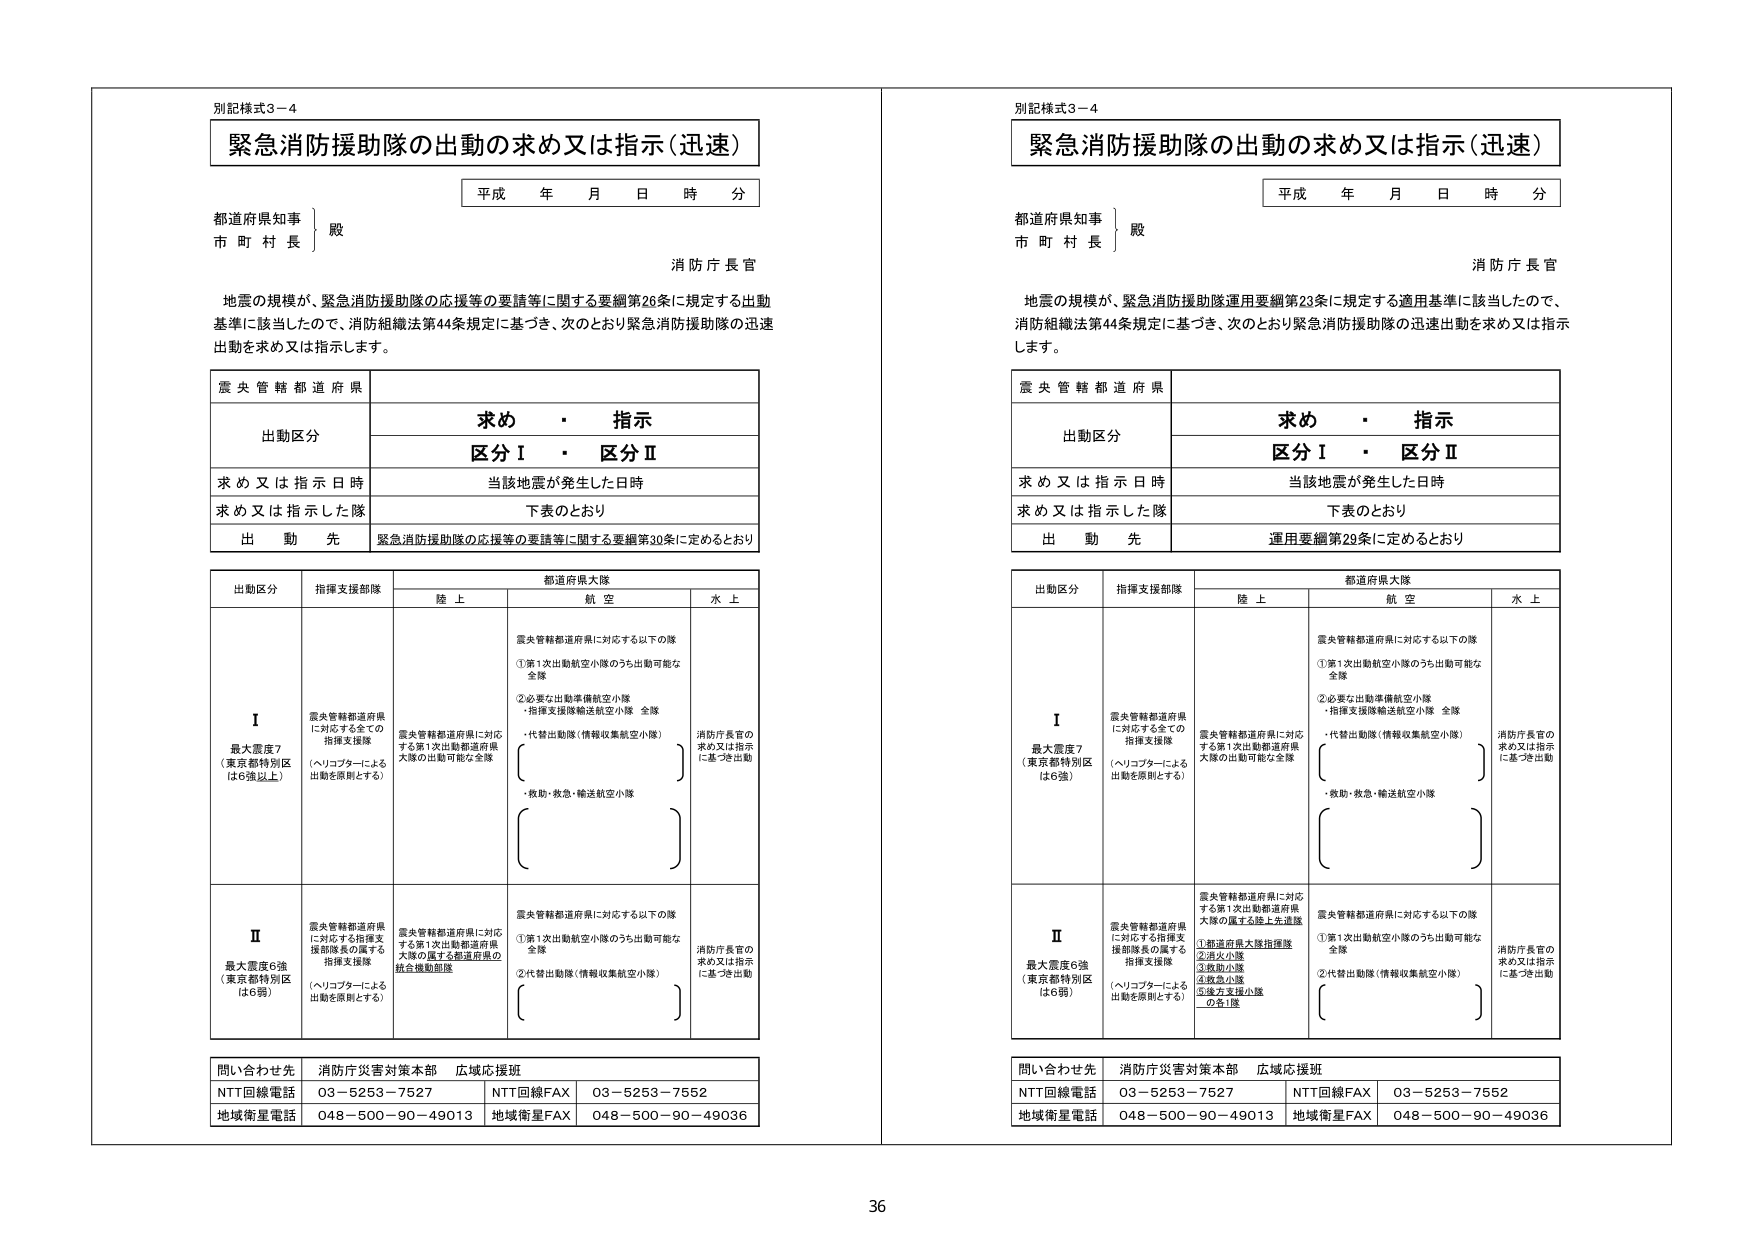
別記様式3－4
緊急消防援助隊の出動の求め又は指示（迅速）
平成 年 月 日 時 分
都道府県知事 殿
市 町 村 長
消防庁長官
地震の規模が、緊急消防援助隊の応援等の要請等に関する要綱第26条に規定する出動基準に該当したので、消防組織法第44条規定に基づき、次のとおり緊急消防援助隊の迅速出動を求め又は指示します。

震央管轄都道府県
出動区分 求め・指示 区分Ⅰ・区分Ⅱ
求め又は指示日時 当該地震が発生した日時
求め又は指示した隊 下表のとおり
出動先 緊急消防援助隊の応援等の要請等に関する要綱第30条に定めるとおり

出動区分 指揮支援部隊 都道府県大隊
　　　　　　　　　　　　　　　陸上 航空 水上
Ⅰ 最大震度7（東京都特別区は6強以上）
　震央管轄都道府県に対応する全ての指揮支援隊（ヘリコプターによる出動を原則とする）
　震央管轄都道府県に対応する第1次出動都道府県大隊の出動可能な全隊
　震央管轄都道府県に対応する以下の隊
　①第1次出動航空小隊のうち出動可能な全隊
　②必要な出動準備航空小隊
　・指揮支援隊輸送航空小隊 全隊
　・代替出動隊（情報収集航空小隊）
　・救助・救急・輸送航空小隊
　消防庁長官の求め又は指示に基づき出動

Ⅱ 最大震度6強（東京都特別区は6弱）
　震央管轄都道府県に対応する指揮支援部隊長の属する指揮支援隊（ヘリコプターによる出動を原則とする）
　震央管轄都道府県に対応する第1次出動都道府県大隊の属する都道府県の統合機動部隊
　震央管轄都道府県に対応する以下の隊
　①第1次出動航空小隊のうち出動可能な全隊
　②代替出動隊（情報収集航空小隊）
　消防庁長官の求め又は指示に基づき出動

問い合わせ先 消防庁災害対策本部 広域応援班
NTT回線電話 03－5253－7527 NTT回線FAX 03－5253－7552
地域衛星電話 048－500－90－49013 地域衛星FAX 048－500－90－49036

別記様式3－4
緊急消防援助隊の出動の求め又は指示（迅速）
平成 年 月 日 時 分
都道府県知事 殿
市 町 村 長
消防庁長官
地震の規模が、緊急消防援助隊運用要綱第23条に規定する適用基準に該当したので、消防組織法第44条規定に基づき、次のとおり緊急消防援助隊の迅速出動を求め又は指示します。

震央管轄都道府県
出動区分 求め・指示 区分Ⅰ・区分Ⅱ
求め又は指示日時 当該地震が発生した日時
求め又は指示した隊 下表のとおり
出動先 運用要綱第28条に定めるとおり

出動区分 指揮支援部隊 都道府県大隊
　　　　　　　　　　　　　　　陸上 航空 水上
Ⅰ 最大震度7（東京都特別区は6強）
　震央管轄都道府県に対応する全ての指揮支援隊（ヘリコプターによる出動を原則とする）
　震央管轄都道府県に対応する第1次出動都道府県大隊の出動可能な全隊
　震央管轄都道府県に対応する以下の隊
　①第1次出動航空小隊のうち出動可能な全隊
　②必要な出動準備航空小隊
　・指揮支援隊輸送航空小隊 全隊
　・代替出動隊（情報収集航空小隊）
　・救助・救急・輸送航空小隊
　消防庁長官の求め又は指示に基づき出動

Ⅱ 最大震度6強（東京都特別区は6弱）
　震央管轄都道府県に対応する指揮支援部隊長の属する指揮支援隊（ヘリコプターによる出動を原則とする）
　震央管轄都道府県に対応する第1次出動都道府県大隊の属する陸上先遣隊
　①都道府県大隊指揮隊
　②消火小隊
　③救助小隊
　④救急小隊
　⑤海上支援小隊
　⑥有1隊
　震央管轄都道府県に対応する以下の隊
　①第1次出動航空小隊のうち出動可能な全隊
　②代替出動隊（情報収集航空小隊）
　消防庁長官の求め又は指示に基づき出動

問い合わせ先 消防庁災害対策本部 広域応援班
NTT回線電話 03－5253－7527 NTT回線FAX 03－5253－7552
地域衛星電話 048－500－90－49013 地域衛星FAX 048－500－90－49036

36